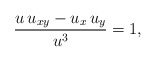
\begin{align*}\frac{u\, u_{xy} - u_x\, u_y}{u^3} = 1,\end{align*}